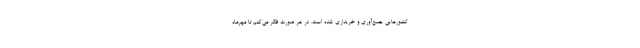
کشورهایی جمع‌آوری و خریداری شده است. در هر صورت فکر می‌کنم تا مهرماه